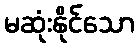
မဆုံးနိုင်သော